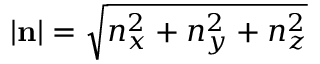
| \mathbf { n } | = { \sqrt { n _ { x } ^ { 2 } + n _ { y } ^ { 2 } + n _ { z } ^ { 2 } } }